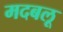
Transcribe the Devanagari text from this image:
मदबलू